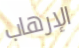
الإرهاب